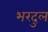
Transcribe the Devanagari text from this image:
भरदुल